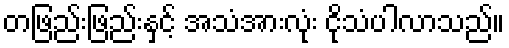
တဖြည်းဖြည်းနှင့် အသံအားလုံး ငိုသံပါလာသည်။